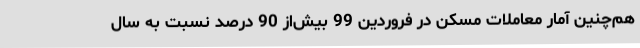
هم‌چنین آمار معاملات مسکن در فروردین 99 بیش‌از 90 درصد نسبت به سال